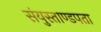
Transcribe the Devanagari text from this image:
संयुस्ताण्डपता